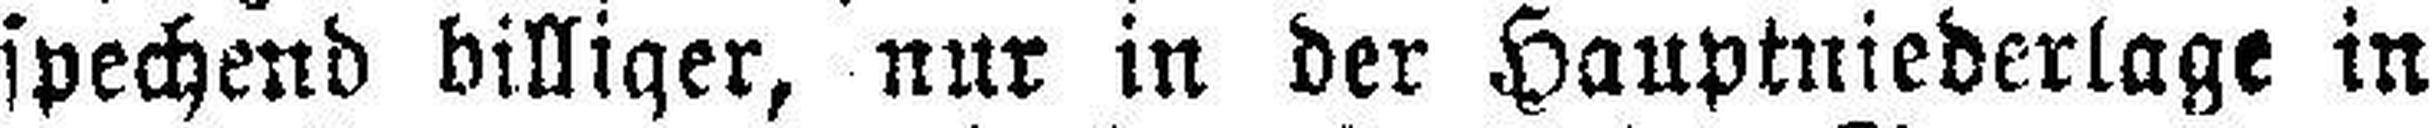
spechend billiger, nur in der Hauptniederlage in